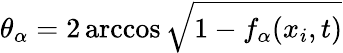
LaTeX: \theta_{\alpha}=2\operatorname{arccos}{\sqrt{1-f_{\alpha}(x_{i},t)}}